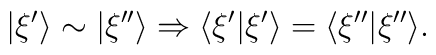
|\xi'\rangle\sim|\xi''\rangle\Rightarrow \langle\xi'|\xi'\rangle =\langle\xi''|\xi''\rangle.